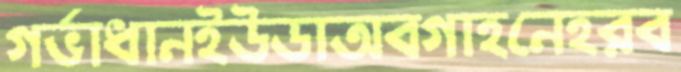
গর্ভাধানইউডাঅবগাহনেহরব